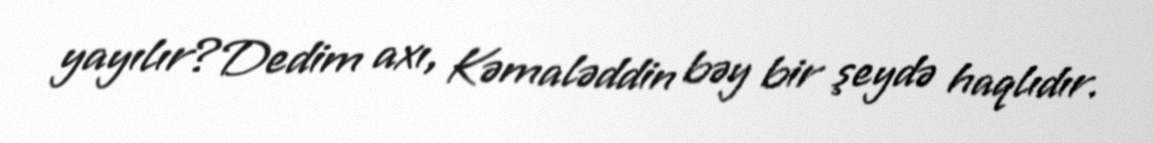
yayılır?Dedim axı, Kəmaləddin bəy bir şeydə haqlıdır.